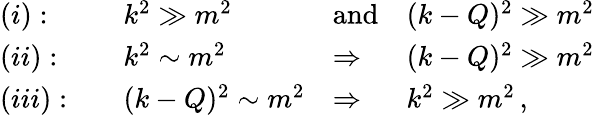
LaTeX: \begin{array}{llll}{{(i):\quad}}&{{k^{2}\gg m^{2}\quad}}&{{\mathrm{and}}}&{{(k-Q)^{2}\gg m^{2}}}\\ {{(ii):\quad}}&{{k^{2}\sim m^{2}}}&{{\Rightarrow}}&{{(k-Q)^{2}\gg m^{2}}}\\ {{(iii):\quad}}&{{(k-Q)^{2}\sim m^{2}}}&{{\Rightarrow}}&{{k^{2}\gg m^{2}\, ,}}\end{array}